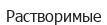
Растворимые